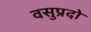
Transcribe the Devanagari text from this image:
वसुप्रदो